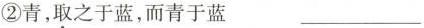
②青，取之于蓝，而青于蓝 ___